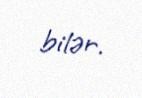
bilər.